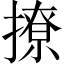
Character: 撩